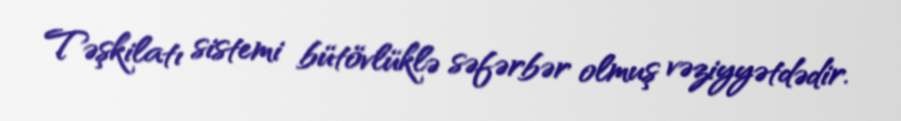
Təşkilatı sistemi bütövlüklə səfərbər olmuş vəziyyətdədir.